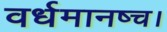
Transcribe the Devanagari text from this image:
वर्धमानष्च।